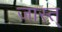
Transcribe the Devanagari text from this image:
जास्त्‌